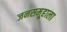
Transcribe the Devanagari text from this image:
जनसमूहाला